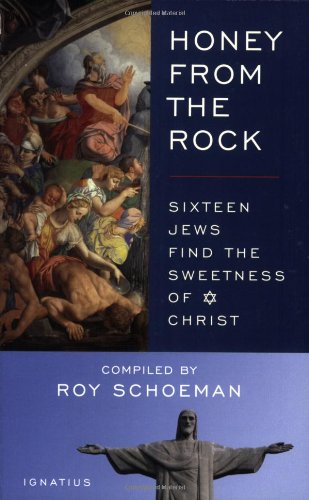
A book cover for Honey from the Rock: Sixteen Jews Find the Sweetness of Christ; Roy Schoeman; Christian Books & Bibles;